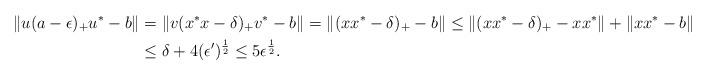
LaTeX: \begin{align*}\|u(a-\epsilon)_+u^*-b\|&=\|v(x^*x-\delta)_+v^*-b\|=\|(xx^*-\delta)_+-b\|\le \|(xx^*-\delta)_+-xx^*\|+\|xx^*-b\|\\&\le \delta+4(\epsilon')^\frac{1}{2}\le 5\epsilon^\frac{1}{2}.\end{align*}